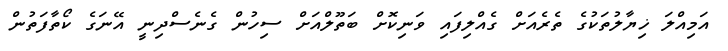
އަމިއްލަ ޚިޔާލުތަކުގެ ތެރެއަށް ގެއްލިފައި ވަނިކޮށް ބަތޫލްއަށް ސިހުން ގެނެސްދިނީ އޭނަގެ ކޯތާފަތުން